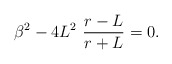
\begin{align*}\beta^{2}-4L^{2}\,\,\frac{r-L}{r+L}=0.\end{align*}